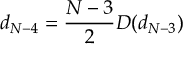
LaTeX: d _ { N - 4 } = \frac { N - 3 } { 2 } D ( d _ { N - 3 } )